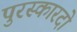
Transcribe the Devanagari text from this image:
पुरस्कारदो